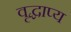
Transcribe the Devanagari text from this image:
वृद्धाप्य